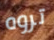
تروه